Report on vaccination in Madras 1895-1903 - 1895-1903
Year: 1895
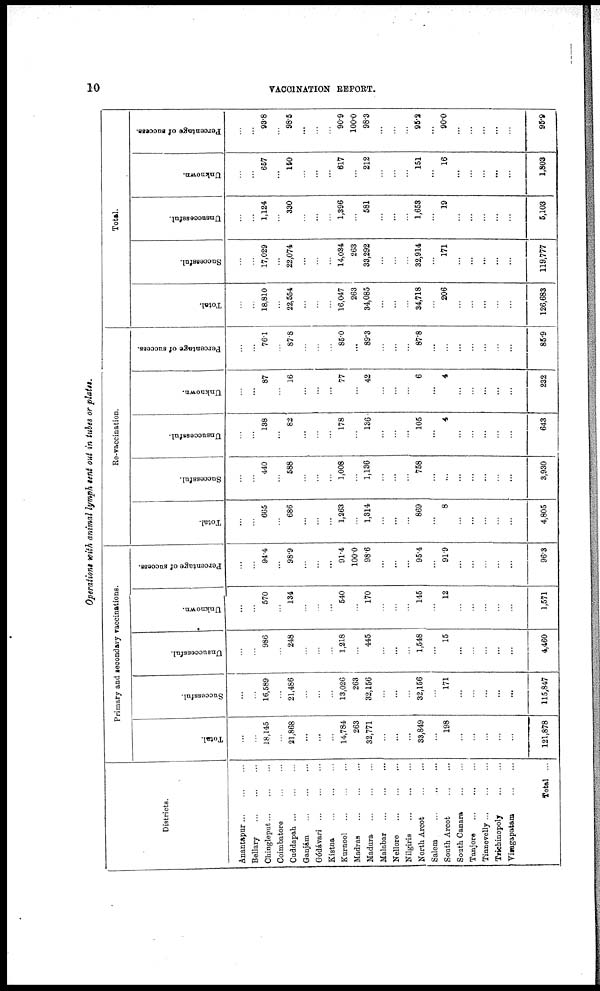
10
VACCINATION REPORT.
Operations with animal lymph sent out in tubes or plates.
Districts.
Anantapur ... ... ...
Bellary
...
...
...
Chingleput ... ... ...
Coimbatore
...
...
Cuddapah ... ... ...
Ganjám
...
...
...
Gódávari
...
...
...
Kistna
...
...
...
Kurnool
...
...
...
Madras
...
...
...
Madura
...
...
...
Malabar
...
...
...
Nellore
...
...
...
Nilgiris
...
...
...
North Arcot
...
...
Salem ... ... ...
South Arcot
...
...
South Canara
...
...
Tanjore
...
...
...
Tinnevelly ... ... ...
Trichinopoly
...
...
Viragapatam
...
...
Total ...
Primary and secondary vaccinations.
Total.
...
...
18,145
...
21,868
...
...
...
14,784
263
32,771
...
...
...
33,849
...
198
...
...
...
...
...
121,878
Successful.
...
...
16,589
...
21,486
...
...
...
13,026
263
32,156
...
...
...
32,156
...
171
...
...
...
...
...
115,847
Unsuccessful.
...
...
986
...
248
...
...
...
1,218
...
445
...
...
...
1,548
...
15
...
...
...
...
...
4,460
Unknown.
...
...
570
...
134
...
...
...
540
...
170
...
...
...
145
...
12
...
...
...
...
...
1,571
Percentage of success.
...
...
94.4
...
98.9
...
...
...
91.4
100.0
98.6
...
...
...
95.4
...
91.9
...
...
...
...
...
96.3
Re-vaccination.
Total.
...
...
665
...
686
...
...
...
1,263
...
1,314
...
...
...
869
...
8
...
...
...
...
...
4,805
Successful.
...
...
440
...
588
...
...
...
1,008
...
1,136
...
...
...
758
...
...
...
...
...
...
...
3,930
Unsuccessful.
...
...
138
...
82
...
...
...
178
...
136
...
...
...
105
...
4
...
...
...
...
...
643
Unknown.
...
...
87
...
16
...
...
...
77
...
42
...
...
...
6
...
4
...
...
...
...
...
232
Percentage of success.
...
...
76.1
...
87.8
...
...
...
85.0
...
89.3
...
...
...
87.8
...
...
...
...
...
...
...
85.9
Total.
Total.
...
...
18,810
...
22,554
...
...
...
16,047
263
34,085
...
...
...
34,718
...
206
...
...
...
...
...
126,683
Successful.
...
...
17,029
...
22,074
...
...
...
14,034
263
33,292
...
...
...
32,914
...
171
...
...
...
...
...
119,777
Unsuccessful.
...
...
1,124
...
330
...
...
...
1,396
...
581
...
...
...
1,653
...
19
...
...
...
...
...
5,103
Unknown.
...
...
657
...
150
...
...
...
617
...
212
...
...
...
151
...
16
...
...
...
...
...
1,803
Percentage of success.
...
...
93.8
...
98.5
...
...
...
90.9
100.0
98.3
...
...
...
95.2
...
90.0
...
...
...
...
...
95.9